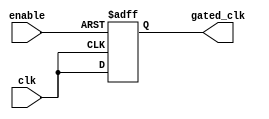
module clock_gating_cell (
    input wire clk,         // Global clock input
    input wire enable,      // Enable signal
    output wire gated_clk   // Gated clock output
);

    // Internal signal for clock gating
    wire clk_enable;

    // Clock gating logic
    assign clk_enable = enable ? clk : 1'b0; // If enable is high, pass clk; otherwise, block it

    // Use a flip-flop to synchronize the gated clock output
    reg gated_clk_reg;
    always @(posedge clk or negedge enable) begin
        if (!enable)
            gated_clk_reg <= 1'b0; // Reset gated clock when enable is low
        else
            gated_clk_reg <= clk; // Pass the clock when enabled
    end

    assign gated_clk = gated_clk_reg;

endmodule